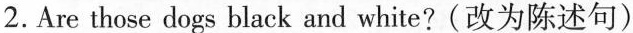
2. Are those dogs black and white?(改为陈述句)